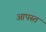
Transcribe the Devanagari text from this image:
आपस्त